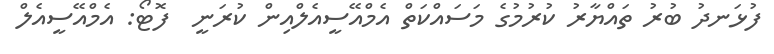
ފުޅަނދު ބުރު ތައްޔާރު ކުރުމުގެ މަސައްކަތް އެމްއޭސީއެލްއިން ކުރަނީ  ފޮޓޯ: އެމްއޭސީއެލް